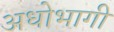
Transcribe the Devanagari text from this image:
अधोभागी